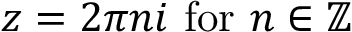
z = 2 \pi n i { \mathrm { ~ f o r ~ } } n \in \mathbb { Z }